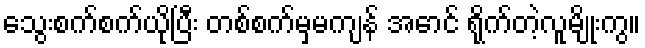
သွေးစက်စက်ယိုပြီး တစ်စက်မှမကျန် အောင် ရိုက်တဲ့လူမျိုးကွ။